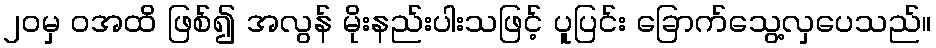
၂၀မှ ဝအထိ ဖြစ်၍ အလွန် မိုးနည်းပါးသဖြင့် ပူပြင်း ခြောက်သွေ့လှပေသည်။